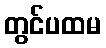
တွင်ပထမ